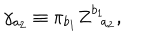
LaTeX: \gamma _ { a _ { 2 } } \equiv \pi _ { b _ { 1 } } Z _ { \; \; a _ { 2 } } ^ { b _ { 1 } } ,